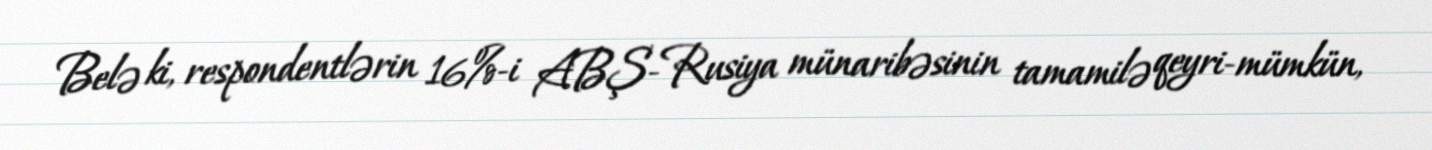
Belə ki, respondentlərin 16%-i ABŞ-Rusiya münaribəsinin tamamilə qeyri-mümkün,